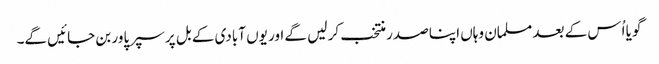
گویا اُس کے بعد مسلمان وہاں اپنا صدر منتخب کر لیں گے اور یوں آبادی کے بل پر سپر پاور بن جائیں گے۔